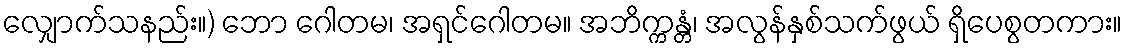
လျှောက်သနည်း။) ဘော ဂေါတမ၊ အရှင်ဂေါတမ။ အဘိက္ကန္တံ၊ အလွန်နှစ်သက်ဖွယ် ရှိပေစွတကား။